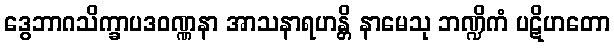
ဒွေဘာဂသိက္ခာပဒဝဏ္ဏနာ အာသနာရဟန္တိ နာမေသု ဘဏ္ဍိကံ ပဋိဟတော